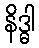
နိဒ္ဓါ